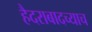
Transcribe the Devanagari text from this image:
हैदराबादच्याच